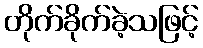
တိုက်ခိုက်ခဲ့သဖြင့်